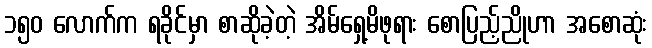
၁၅၀ လောက်က ရခိုင်မှာ စာဆိုခဲ့တဲ့ အိမ်ရှေ့မိဖုရား စောပြည့်ညိုဟာ အစောဆုံး